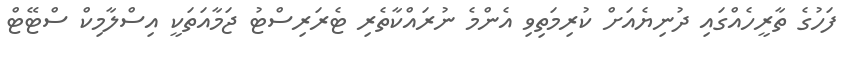
ފަހުގެ ތާރީހެއްގައި ދުނިޔެއަށް ކުރިމަތިވި އެންމެ ނުރައްކާތެރި ޓެރަރިސްޓު ޖަމާއަތަކީ އިސްލާމިކް ސްޓޭޓް